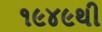
૧૯૪૯થી